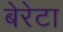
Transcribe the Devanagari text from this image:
बेरेटा